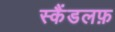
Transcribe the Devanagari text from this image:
स्कैंडलफ़